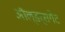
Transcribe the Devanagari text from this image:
ऑल्डर्सगेट